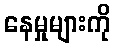
နေမှုများကို